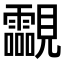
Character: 𧢥